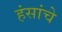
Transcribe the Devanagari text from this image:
हंसांचे